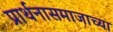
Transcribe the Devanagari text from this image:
प्रार्थनासमाजाच्या